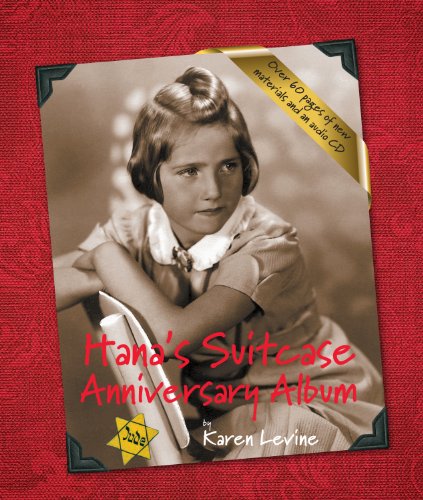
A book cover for Hana's Suitcase Anniversary Album (Holocaust Remembrance Series); Karen Levine; Children's Books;